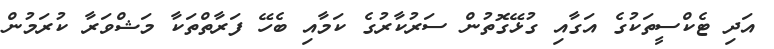
އަދި ޓެކްސީތަކުގެ އަގާއި ގުޅޭގޮތުން ސަރުކާރުގެ ކަމާއި ބެހޭ ފަރާތްތަކާ މަޝްވަރާ ކުރަމުން